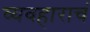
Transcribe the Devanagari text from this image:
व्यवहाराचं